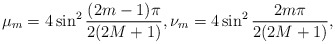
\begin{align*}\mu_m= 4 \sin^2\frac{ (2m-1)\pi}{2(2M+1)} , \nu_m= 4 \sin^2\frac{2 m \pi}{2(2M+1)},\end{align*}